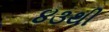
૪૩થી